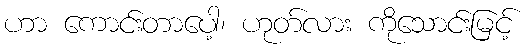
ဟာ ကောင်းတာပေါ့၊ ဟုတ်လား ကိုသောင်းမြင့်